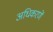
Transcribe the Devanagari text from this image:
अधिकरणें